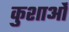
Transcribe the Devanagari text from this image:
कुशाओं